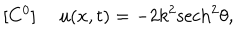
LaTeX: [ C ^ { 0 } ] ~ ~ u ( x , t ) = - 2 k ^ { 2 } \mathrm { s e c h } ^ { 2 } \theta ,